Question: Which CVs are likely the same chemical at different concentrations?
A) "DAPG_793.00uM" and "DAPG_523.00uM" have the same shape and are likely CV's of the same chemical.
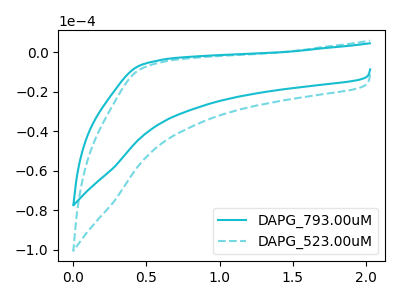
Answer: <think>The cyan curve "DAPG_793.00uM" has no peaks. The cyan dashed curve "DAPG_523.00uM" has no peaks.
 Neither "DAPG_793.00uM" or "DAPG_523.00uM" have any peaks.</think>
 <answer>A) "DAPG_793.00uM" and "DAPG_523.00uM" have the same shape and are likely CV's of the same chemical.</answer>
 <eval>A</eval>